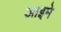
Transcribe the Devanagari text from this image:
आइमे